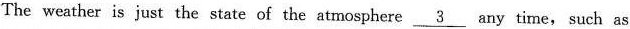
The weather is just the state of the atmosphere \underline{3} any time, such as